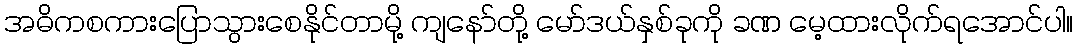
အဓိကစကားပြောသွားစေနိုင်တာမို့ ကျနော်တို့ မော်ဒယ်နှစ်ခုကို ခဏ မေ့ထားလိုက်ရအောင်ပါ။